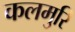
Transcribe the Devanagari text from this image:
कलमुरि